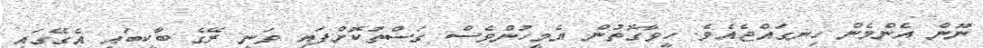
ނޫން އެންމެން ހިނގައްޖެއެވެ. ހީވާގޮތުން އެމީހުންވެސް ގަސްތުކޮށްފައި ވަނީ ރޭގެ ބާކީބައި އެގޭގައި